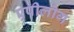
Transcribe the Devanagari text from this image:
एपीलोग